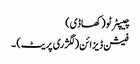
چیپٹر ٹو (کھاڈی)
فیشن ڈیزائن (لگژری پریٹ) ۔